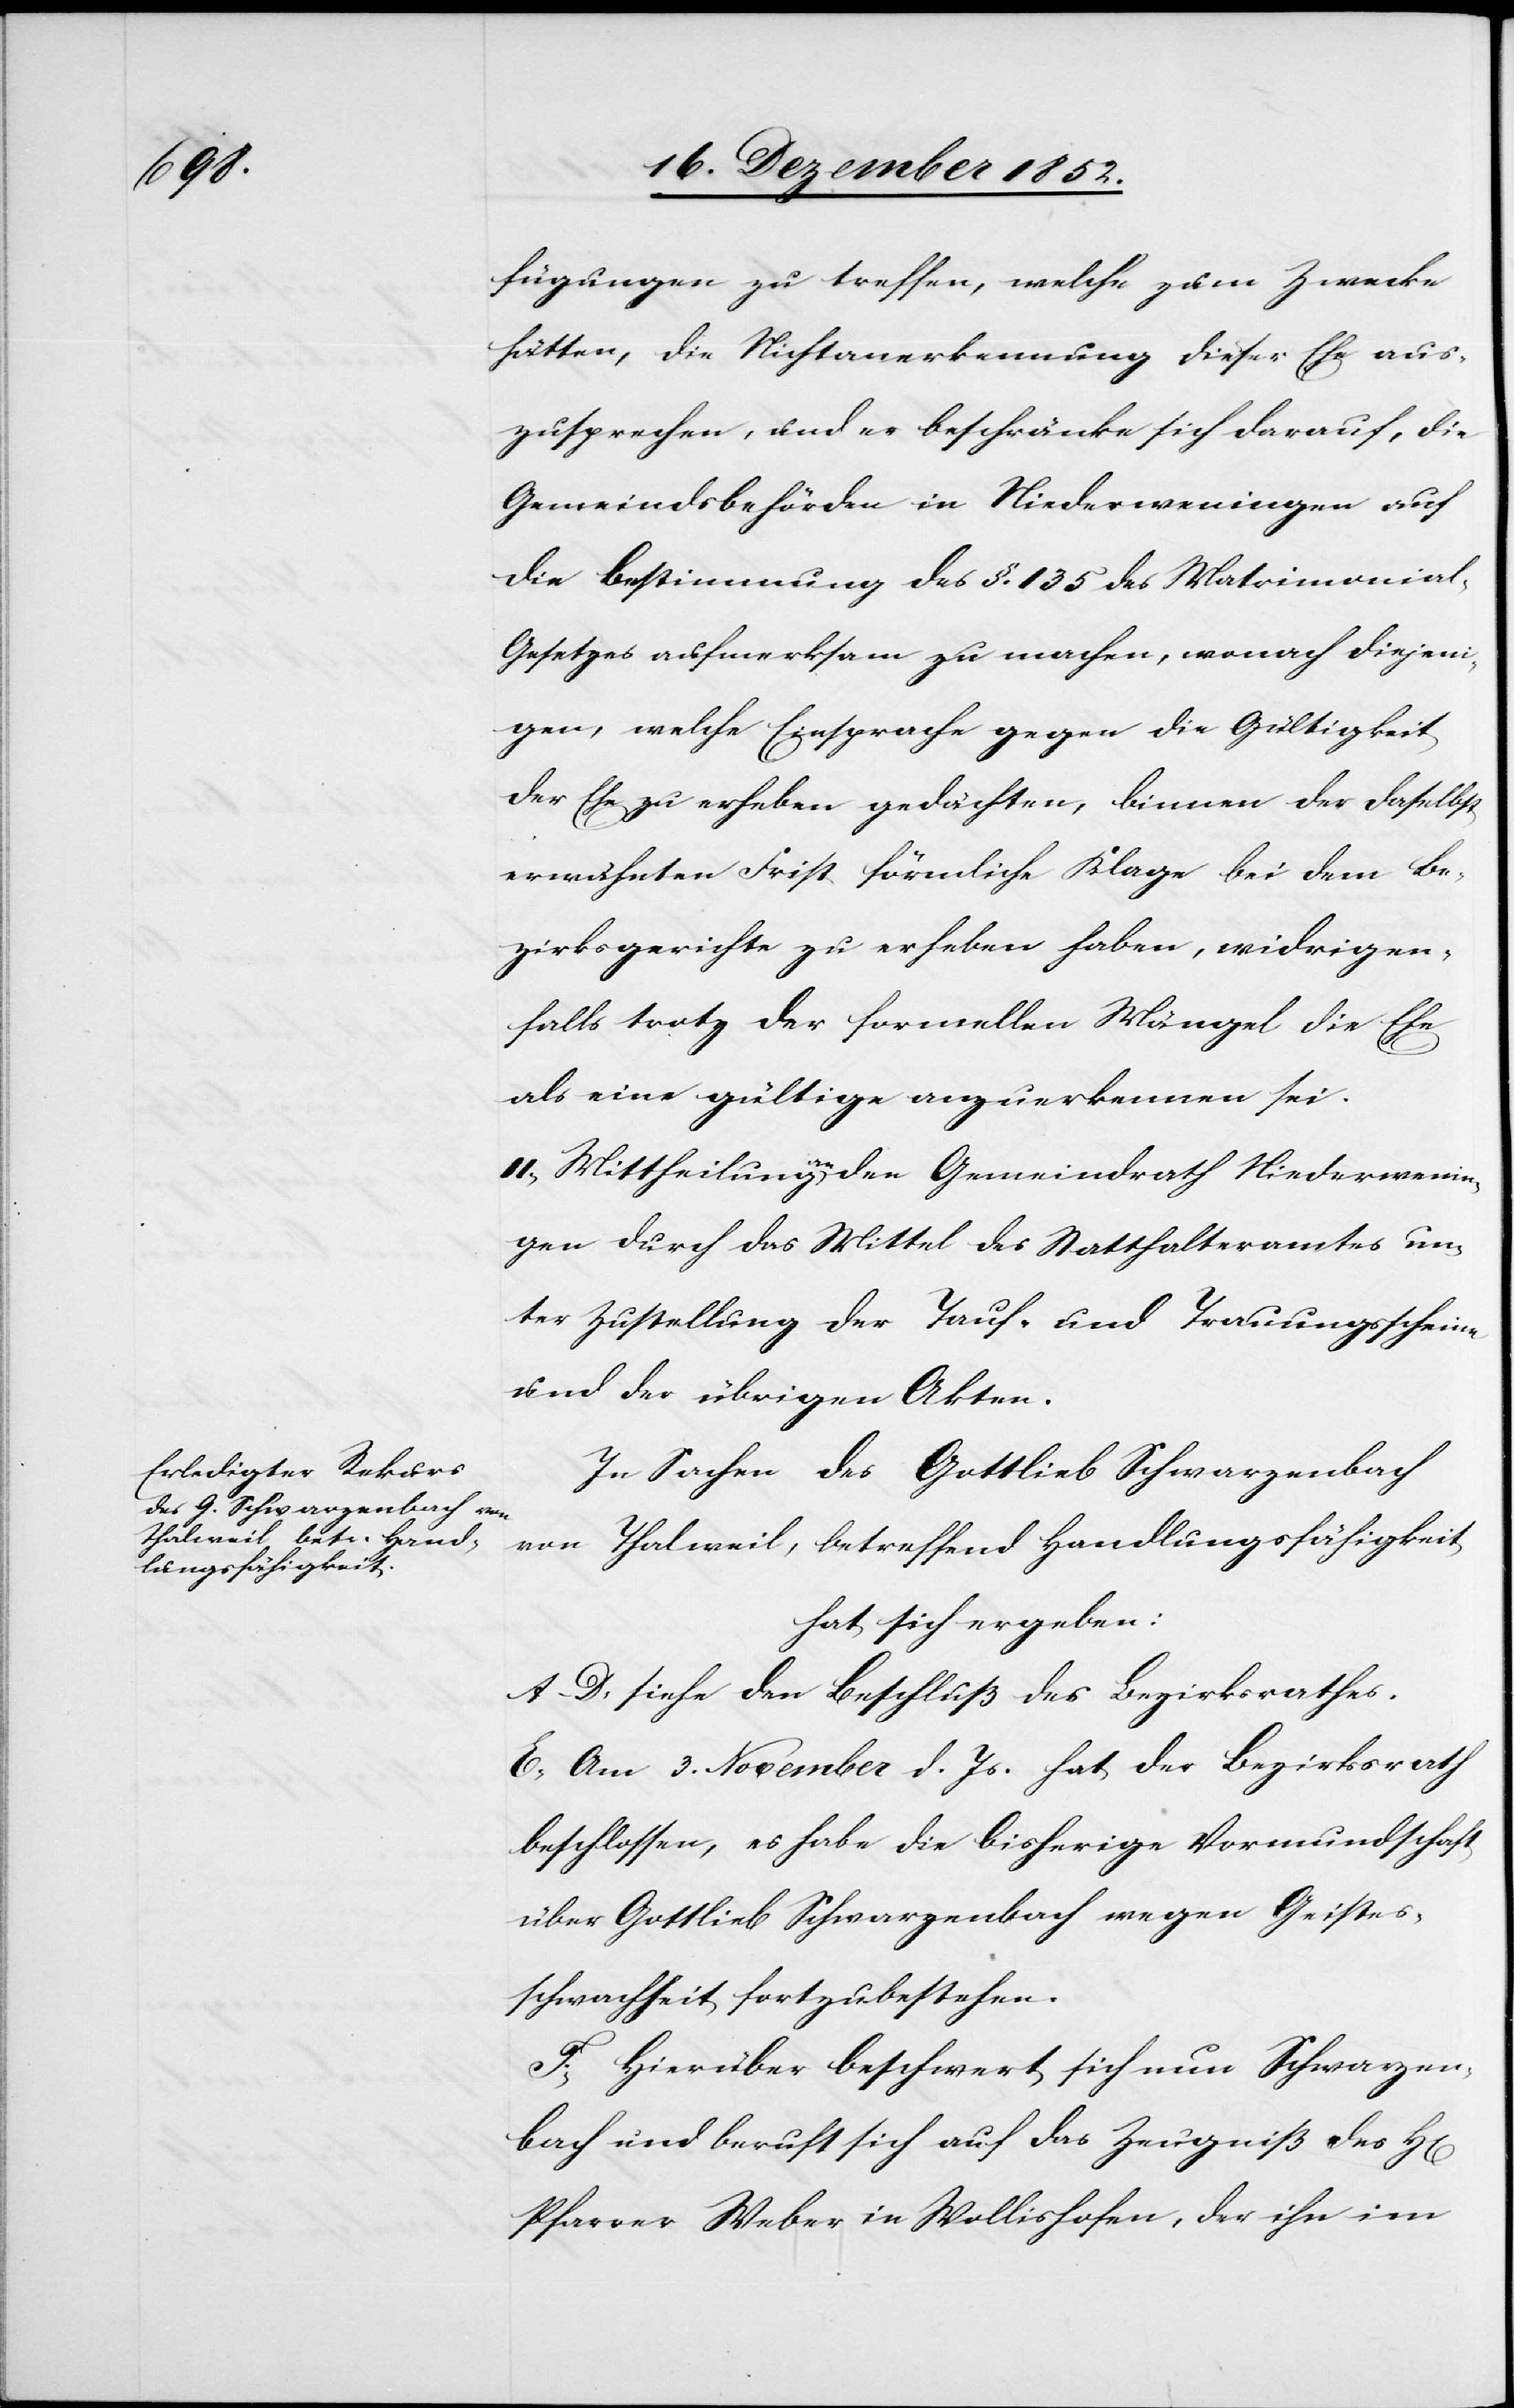
fügungen zu treffen, welche zum Zwecke
hätten, die Nichtanerkennung dieser Ehe aus¬
zusprechen, und er beschränke sich darauf, die
Gemeindsbehörden in Niederweningen auf
die Bestimmung des §. 135 des Matrimonia¬
l-Gesetzes aufmerksam zu machen, wonach diejen¬
igen, welche Einsprache gegen die Gültigkeit
der Ehe zu erheben gedächten, binnen der daselbst
erwähnten Frist förmliche Klage bei dem Be¬
zirksgerichte zu erheben haben, widrigen¬
falls trotz der formellen Mängel die Ehe
als eine gültige anzuerkennen sei.
II, Mittheilung an den Gemeindrath Niederwenin¬
gen durch das Mittel des Statthalteramtes un¬
ter Zustellung der Tauf- und Trauungsscheine
und der übrigen Akten.
In Sachen des Gottlieb Schwarzenbach
Thalweil, betreffend Handlungsfähigkeit
rrn]
hat sich ergeben:
A–D. siehe den Beschluß des Bezirksrathes.
E, Am 3. November d. Js. hat der Bezirksrath
beschlossen, es habe die bisherige Vormundschaft
über Gottlieb Schwarzenbach wegen Geistes¬
schwachheit fortzubestehen.
F, Hierüber beschwert sich nun Schwarzen¬
bach und beruft sich auf das Zeugniß des H[e¬
Pfarrer Weber in Wollishofen, der ihn im